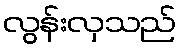
လွန်းလှသည်